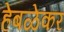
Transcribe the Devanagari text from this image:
हेबळेकर